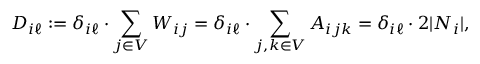
D _ { i \ell } : = \delta _ { i \ell } \cdot \sum _ { j \in V } W _ { i j } = \delta _ { i \ell } \cdot \sum _ { j , k \in V } A _ { i j k } = \delta _ { i \ell } \cdot 2 | N _ { i } | ,